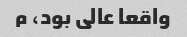
واقعا عالی بود، م